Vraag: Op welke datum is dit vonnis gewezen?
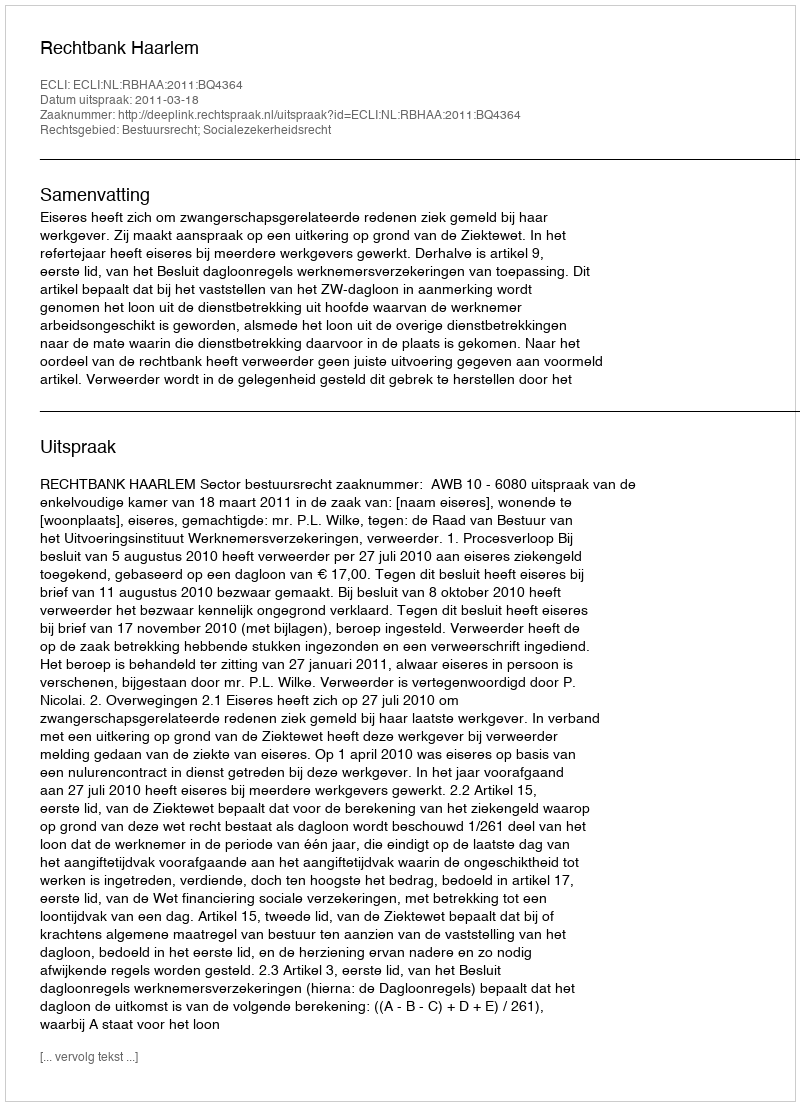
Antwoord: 2011-03-18